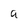
Character: a